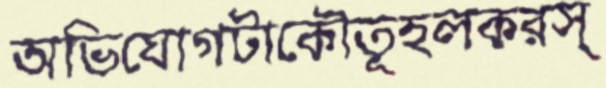
অভিযোগটাকৌতূহলকরস্